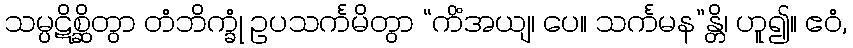
သမ္ပဋိစ္ဆိတွာ တံဘိက္ခုံ ဥပသင်္ကမိတွာ “ကိံအယျ၊ ပေ။ သင်္ကမန”န္တိ၊ ဟူ၍။ ဧဝံ,